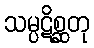
သမ္ပဋိစ္ဆတု